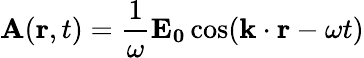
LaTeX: \mathbf{A}(\mathbf{r},t)={\frac{1}{\omega}}\mathbf{E_{0}}\cos(\mathbf{k}\cdot\mathbf{r}-\omega t)